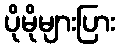
ပိုမိုများပြား